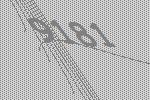
9181